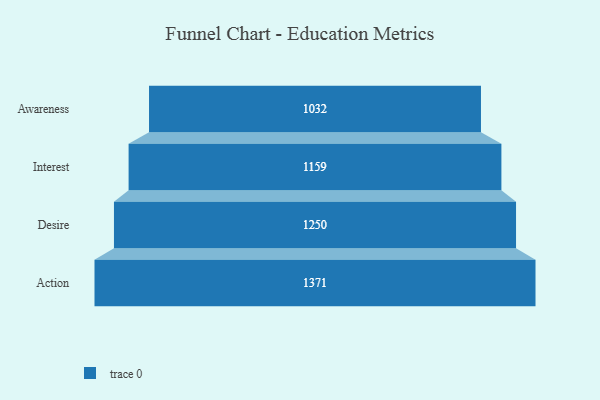
{"axis": {"x": "Stage", "y": "Value"}, "legend": [""], "data": [{"x": "Awareness", "y": 1032.0, "type": ""}, {"x": "Interest", "y": 1159.0, "type": ""}, {"x": "Desire", "y": 1250.0, "type": ""}, {"x": "Action", "y": 1371.0, "type": ""}]}